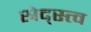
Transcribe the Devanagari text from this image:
स्रेद्स्त्व